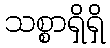
သစ္စာရှိရှိ